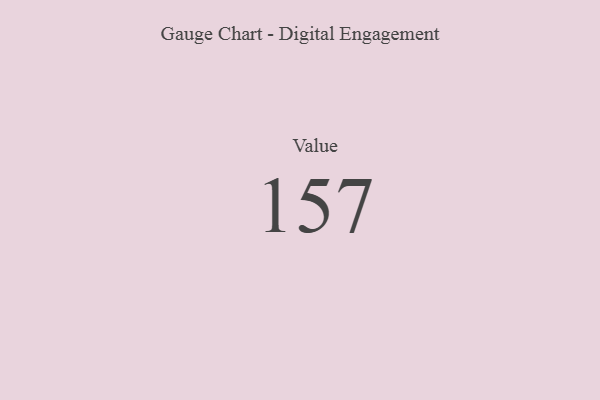
{"axis": {"x": "Metric", "y": "Value"}, "legend": [""], "data": [{"x": "Value", "y": 157, "type": ""}]}